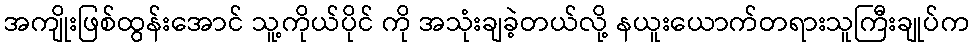
အကျိုးဖြစ်ထွန်းအောင် သူ့ကိုယ်ပိုင် ကို အသုံးချခဲ့တယ်လို့ နယူးယောက်တရားသူကြီးချုပ်က